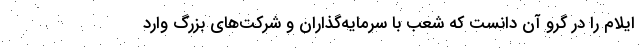
ایلام را در گرو آن دانست که شعب با سرمایه‌گذاران و شرکت‌های بزرگ وارد